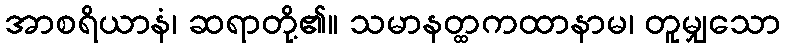
အာစရိယာနံ၊ ဆရာတို့၏။ သမာနတ္ထကထာနာမ၊ တူမျှသော